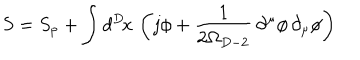
LaTeX: { S } = S _ { \mathrm { p } } + \int d ^ { D } \! x \, \left( j \phi + \frac { 1 } { 2 \Omega _ { D - 2 } } \, \partial ^ { \mu } \phi \, \partial _ { \mu } \phi \right)